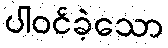
ပါဝင်ခဲ့သော